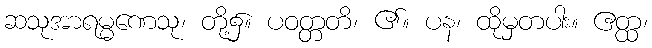
ဆသုအာရမ္မဏေသု၊ တို့၌။ ပဝတ္တတိ၊ ၏။ ပန၊ ထိုမှတပါး။ ဧတ္ထ၊